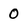
Character: 0